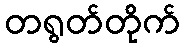
တရွတ်တိုက်